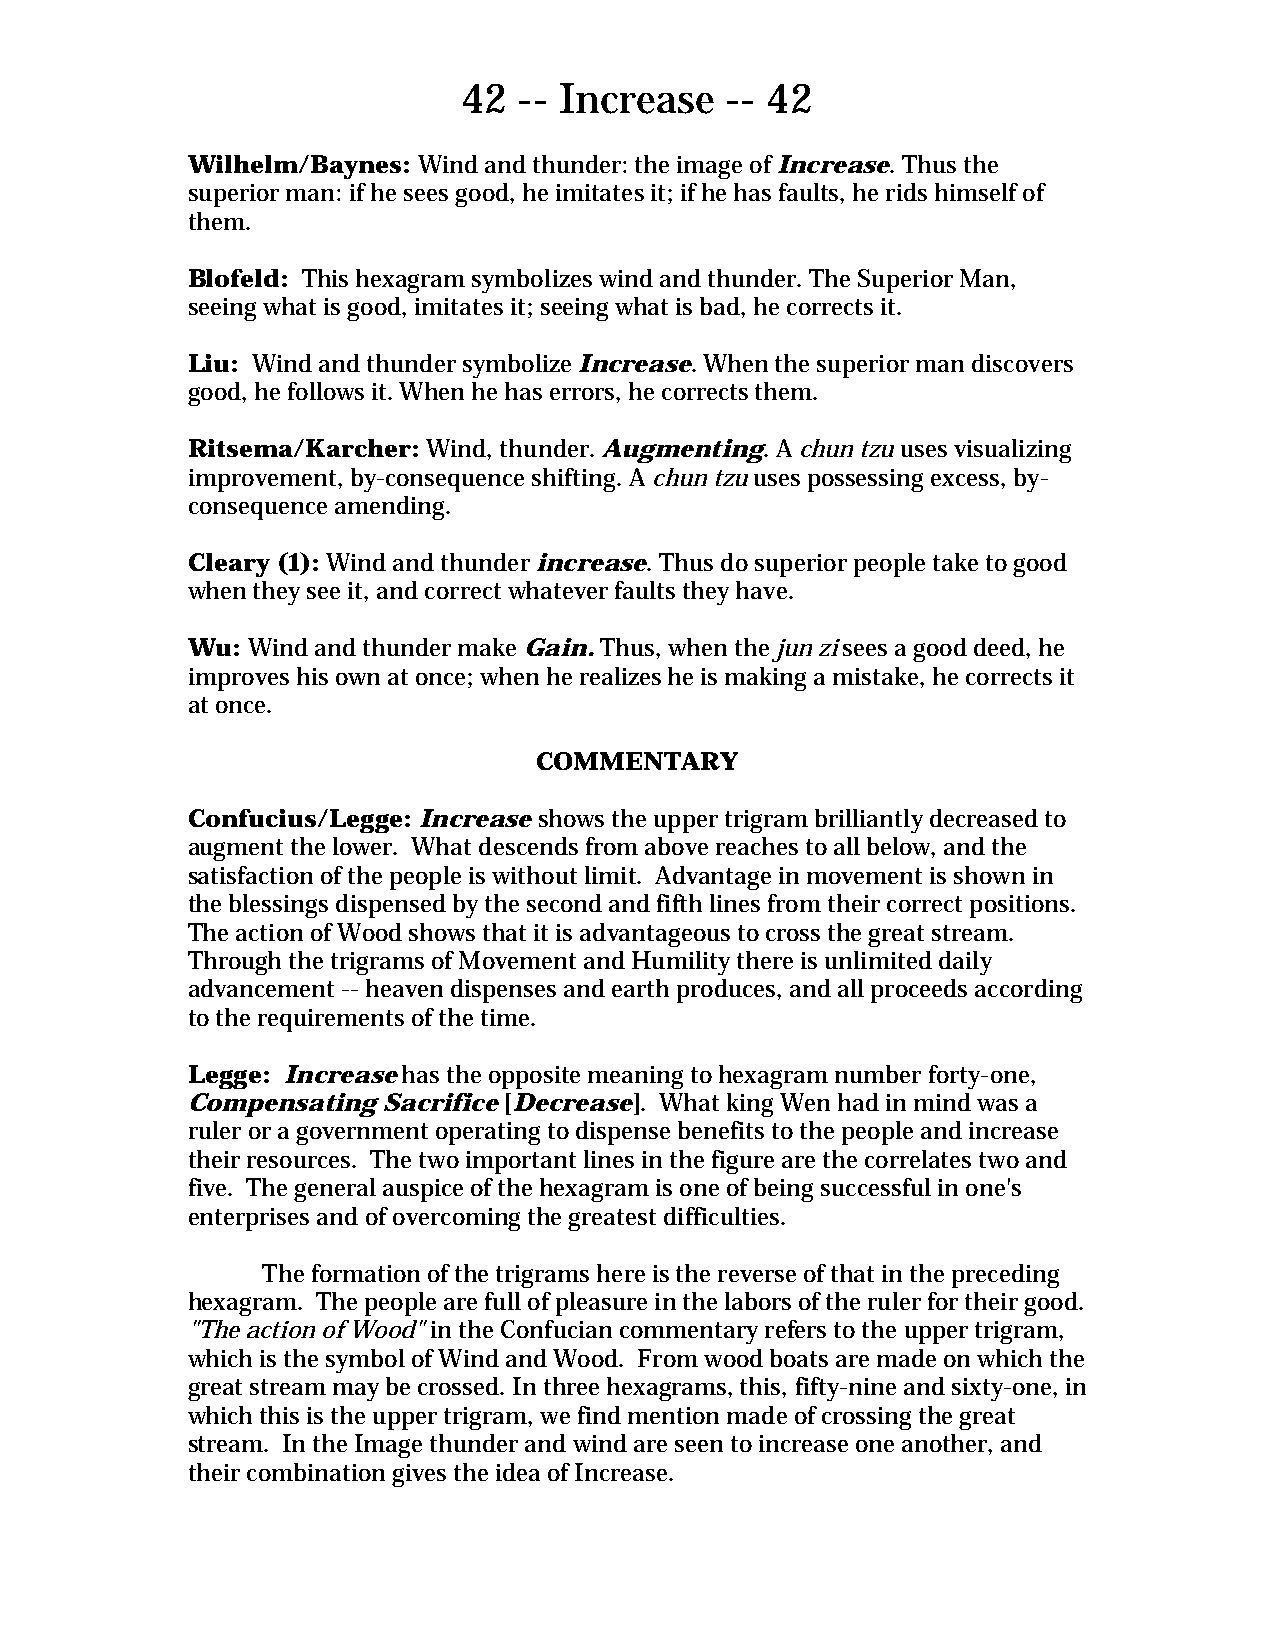
42 -- Increase   -- 42
 Wilhelm/Baynes: Wind and thunder: the image of Increase. Thus the
 superior man: if he sees good, he imitates it; if he has faults, he rids himself of
 them.
 Blofeld: This hexagram symbolizes wind and thunder. The Superior Man,
 seeing what is good, imitates it; seeing what is bad, he corrects it.
 Liu: Wind and thunder symbolize Increase. When the superior man discovers
 good, he follows it. When he has errors, he corrects them.
 Ritsema/Karcher: Wind, thunder. Augmenting. A chun tzu uses visualizing
 improvement, by-consequence shifting. A chun tzu uses possessing excess, by-
 consequence amending.
 Cleary (1): Wind and thunder increase. Thus do superior people take to good
 when they see it, and correct whatever faults they have.
 Wu: Wind and thunder make Gain. Thus, when the jun zi sees a good deed, he
 improves his own at once; when he realizes he is making a mistake, he corrects it
 at once.
 COMMENTARY
 Confucius/Legge: Increase shows the upper trigram brilliantly decreased to
 augment the lower. What descends from above reaches to all below, and the
 satisfaction of the people is without limit. Advantage in movement is shown in
 the blessings dispensed by the second and fifth lines from their correct positions.
 The action of Wood shows that it is advantageous to cross the great stream.
 Through the trigrams of Movement and Humility there is unlimited daily
 advancement -- heaven dispenses and earth produces, and all proceeds according
 to the requirements of the time.
 Legge: Increase has the opposite meaning to hexagram number forty-one,
 Compensating Sacrifice [Decrease]. What king Wen had in mind was a
 ruler or a government operating to dispense benefits to the people and increase
 their resources. The two important lines in the figure are the correlates two and
 five. The general auspice of the hexagram is one of being successful in one's
 enterprises and of overcoming the greatest difficulties.
 The formation of the trigrams here is the reverse of that in the preceding
 hexagram. The people are full of pleasure in the labors of the ruler for their good.
 "The action of Wood" in the Confucian commentary refers to the upper trigram,
 which is the symbol of Wind and Wood. From wood boats are made on which the
 great stream may be crossed. In three hexagrams, this, fifty-nine and sixty-one, in
 which this is the upper trigram, we find mention made of crossing the great
 stream. In the Image thunder and wind are seen to increase one another, and
 their combination gives the idea of Increase.